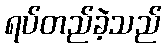
ရပ်တည်ခဲ့သည်